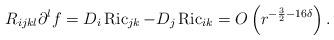
LaTeX: \begin{align*}R_{i j k l} \partial^l f=D_i \operatorname{Ric}_{j k}-D_j \operatorname{Ric}_{i k}=O\left(r^{-\frac{3}{2}-16\delta}\right). \end{align*}